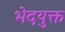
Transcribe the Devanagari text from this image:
भेदयुक्त